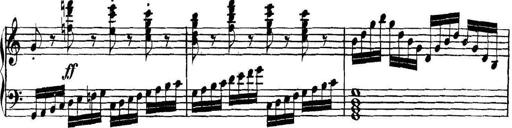
Title: Collected Piano Sonatas
Composer: Muzio Clementi